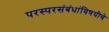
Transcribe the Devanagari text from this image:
परस्परसंबंधांविषयीचे